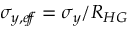
\sigma _ { y , e \! f \! \! f } = \sigma _ { y } / R _ { H G }